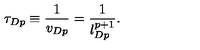
\tau _ { D p } \equiv \frac { 1 } { v _ { D p } } = \frac { 1 } { l _ { D p } ^ { p + 1 } } .